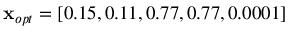
\mathbf { x } _ { o p t } = [ 0 . 1 5 , 0 . 1 1 , 0 . 7 7 , 0 . 7 7 , 0 . 0 0 0 1 ]